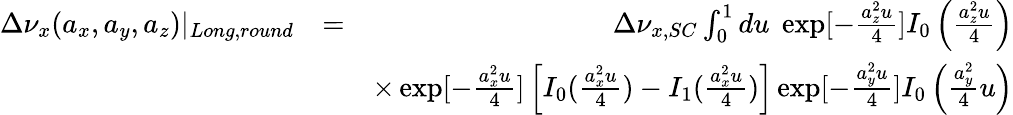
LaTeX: \begin{array}{rlr}{\Delta\nu_{x}(a_{x},a_{y},a_{z})|_{Long,round}}&{=}&{\Delta\nu_{x,SC}\int_{0}^{1}du\; \exp[-\frac{a_{z}^{2}u}{4}]I_{0}\left(\frac{a_{z}^{2}u}{4}\right)}\\ &{}&{\times\exp[-\frac{a_{x}^{2}u}{4}]\left[I_{0}(\frac{a_{x}^{2}u}{4})-I_{1}(\frac{a_{x}^{2}u}{4})\right]\exp[-\frac{a_{y}^{2}u}{4}]I_{0}\left(\frac{a_{y}^{2}}{4}u\right)}\end{array}